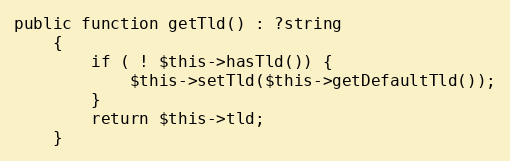
Language: PHP
public function getTld() : ?string
    {
        if ( ! $this->hasTld()) {
            $this->setTld($this->getDefaultTld());
        }
        return $this->tld;
    }